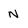
Character: N